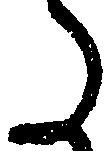
た